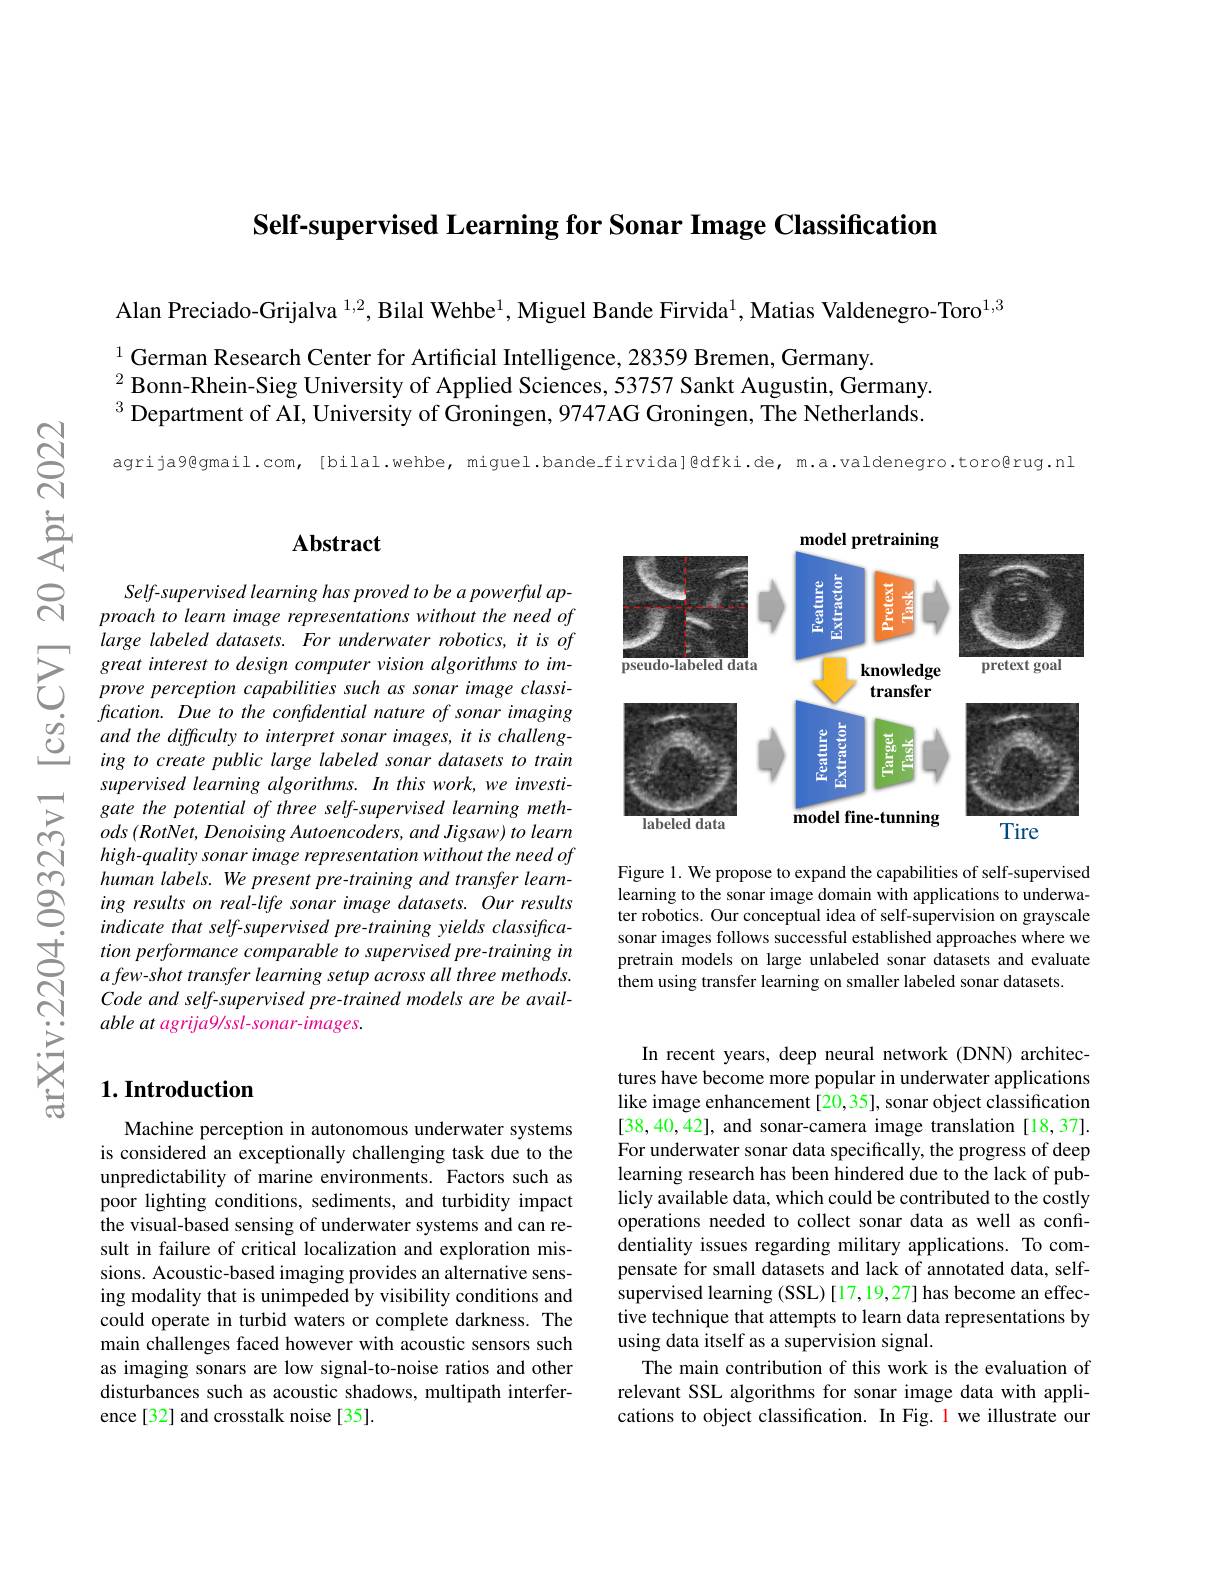
Self-supervised Learning for Sonar Image Classification

Alan Preciado-Grijalva $^{1,2}$, Bilal Wehbe$^{1}$, Miguel Bande Firvida$^{1}$, Matias Valdenegro-Toro$^{1,3}$

$^{1}$ German Research Center for Artificial Intelligence, 28359 Bremen, Germany.
$^{2}$Bonn-Rhein-Sieg University of Applied Sciences, 53757 Sankt Augustin, Germany. $^3$ Department of AI, University of Groningen, 9747AG Groningen, The Netherlands.

agrija9@gmail.com, [bilal.wehbe, miguel.bande.firvida]@dfki.de, m.a.valdenegro.toro@rug.nl

### $\mathbf{Abstract}$

Self-supervised learning has proved to be a powerful approach to learn image representations without the need of large labeled datasets. For underwater robotics, it is of great interest to design computer vision algorithms to improve perception capabilities such as sonar image classification. Due to the confidential nature of sonar imaging and the difficulty to interpret sonar images, it is challenging to create public large labeled sonar datasets to train supervised learning algorithms. In this work, we investigate the potential of three self-supervised learning meth- $ods\left(RotNet,Denoising\text{ Autoencoders, and Jigsaw) to learn}\right.$ high-quality sonar image representation without the need of human labels. We present pre- training and transfer learning results on real-life sonar image datasets. Our results indicate that self-supervised pre-training yields classification performance comparable to supervised pre-training in $a\textit{few- shot transfer learning setup across all three methods. }$ Code and self-supervised pre-trained models are be available at agrija9/ssl-sonar-images.

## $1. \textbf{Introduction}$

Machine perception in autonomous underwater systems is considered an exceptionally challenging task due to the unpredictability of marine environments. Factors such as poor lighting conditions, sediments, and turbidity impact the visual-based sensing of underwater systems and can result in failure of critical localization and exploration missions. Acoustic-based imaging provides an alternative sensing modality that is unimpeded by visibility conditions and could operate in turbid waters or complete darkness. The main challenges faced however with acoustic sensors such as imaging sonars are low signal-to-noise ratios and other disturbances such as acoustic shadows, multipath interference[32] and crosstalk noise[35].

<FigureHere>

Figure 1. We propose to expand the capabilities of self-supervised learning to the sonar image domain with applications to underwater robotics. Our conceptual idea of self-supervision on grayscale sonar images follows successful established approaches where we pretrain models on large unlabeled sonar datasets and evaluate them using transfer learning on smaller labeled sonar datasets.

In recent years, deep neural network (DNN) architectures have become more popular in underwater applications like image enhancement [20,35], sonar object classification [38,40,42], and sonar-camera image translation [18,37]. For underwater sonar data specifically, the progress of deep learning research has been hindered due to the lack of publicly available data, which could be contributed to the costly operations needed to collect sonar data as well as confidentiality issues regarding military applications. To compensate for small datasets and lack of annotated data, selfsupervised learning (SSL) [17,19,27] has become an effective technique that attempts to learn data representations by using data itself as a supervision signal
The main contribution of this work is the evaluation of relevant SSL algorithms for sonar image data with applications to object classification. In Fig. 1 we illustrate our